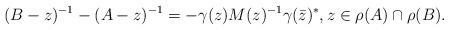
LaTeX: \begin{align*} (B-z)^{-1}-(A-z)^{-1} =-\gamma(z)M(z)^{-1}\gamma(\bar z)^*,z\in\rho(A)\cap\rho(B). \end{align*}